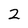
Character: 2